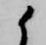
候